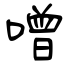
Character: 噌